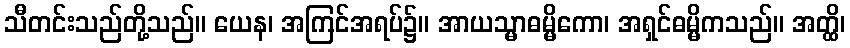
သီတင်းသည်တို့သည်။ ယေန၊ အကြင်အရပ်၌။ အာယသ္မာဓမ္မိကော၊ အရှင်ဓမ္မိကသည်။ အတ္ထိ၊